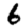
Digit: 6